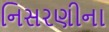
નિસરણીના